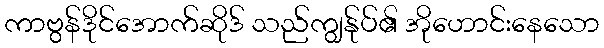
ကာဗွန်ဒိုင်အောက်ဆိုဒ် သည်ကျွန်ုပ်၏ အိုဟောင်းနေသော